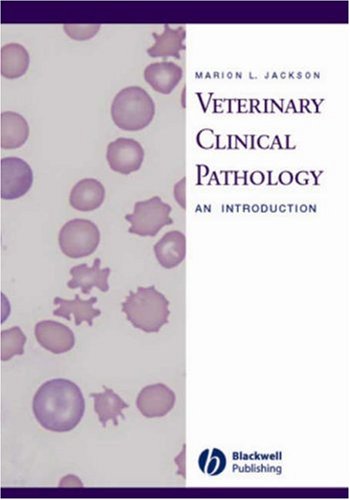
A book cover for Veterinary Clinical Pathology: An Introduction; Marion L. Jackson; Medical Books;